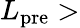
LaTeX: L_{\mathrm{pre}}>